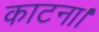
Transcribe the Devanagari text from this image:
काटना।